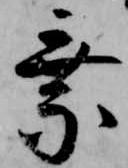
乗